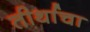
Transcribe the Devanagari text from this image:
तीर्थाचा